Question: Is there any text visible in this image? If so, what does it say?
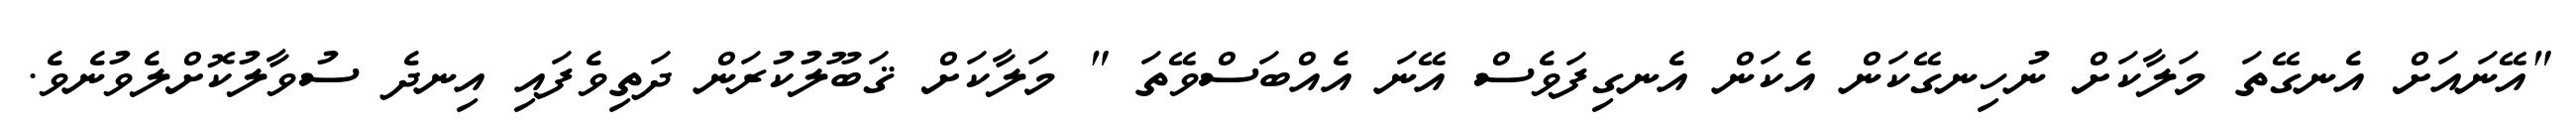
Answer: "އޭނައަށް އެނގޭތަ މަލާކަށް ނުހިނގޭކަން އެކަން އެނގިފަވެސް އޭނަ އެއްބަސްވޭތަ " މަލާކަށް ޤަބޫލުކުރަން ދަތިވެފައި އިނދެ ސުވާލުކޮށްލެވުނެވެ.